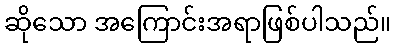
ဆိုသော အကြောင်းအရာဖြစ်ပါသည်။